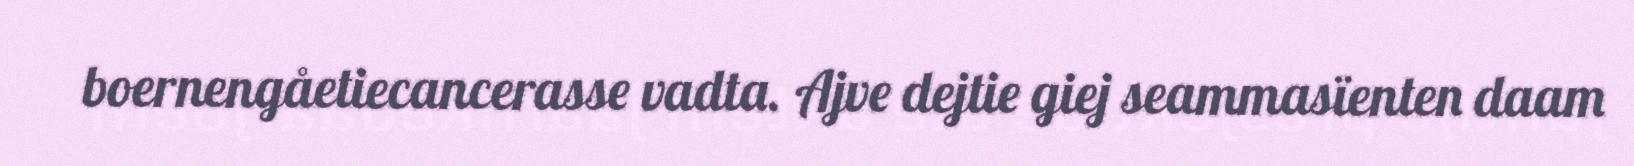
boernengåetiecancerasse vadta. Ajve dejtie giej seammasïenten daam